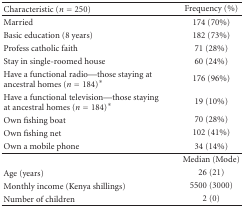
<table><thead><tr><td><b>Characteristic (<i>n</i> = 250)</b></td><td><b>Frequency (%)</b></td></tr></thead><tbody><tr><td>Married</td><td>174 (70%)</td></tr><tr><td>Basic education (8 years)</td><td>182 (73%)</td></tr><tr><td>Profess catholic faith</td><td>71 (28%)</td></tr><tr><td>Stay in single-roomed house</td><td>60 (24%)</td></tr><tr><td>Have a functional radio—those staying at ancestral homes (<i>n</i> = 184)*</td><td>176 (96%)</td></tr><tr><td>Have a functional television—those staying at ancestral homes (<i>n</i> = 184)*</td><td>19 (10%)</td></tr><tr><td>Own fishing boat</td><td>70 (28%)</td></tr><tr><td>Own fishing net</td><td>102 (41%)</td></tr><tr><td>Own a mobile phone</td><td>34 (14%)</td></tr><tr><td></td><td>Median (Mode)</td></tr><tr><td>Age (years)</td><td>26 (21)</td></tr><tr><td>Monthly income (Kenya shillings)</td><td>5500 (3000)</td></tr><tr><td>Number of children</td><td>2 (0)</td></tr></tbody></table>